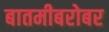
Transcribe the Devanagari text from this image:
बातमीबरोबर